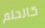
كالحلم